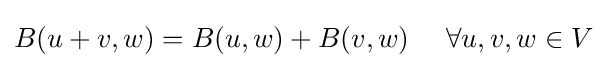
B(u+v,w)=B(u,w)+B(v,w)\ \quad \forall u,v,w\in V